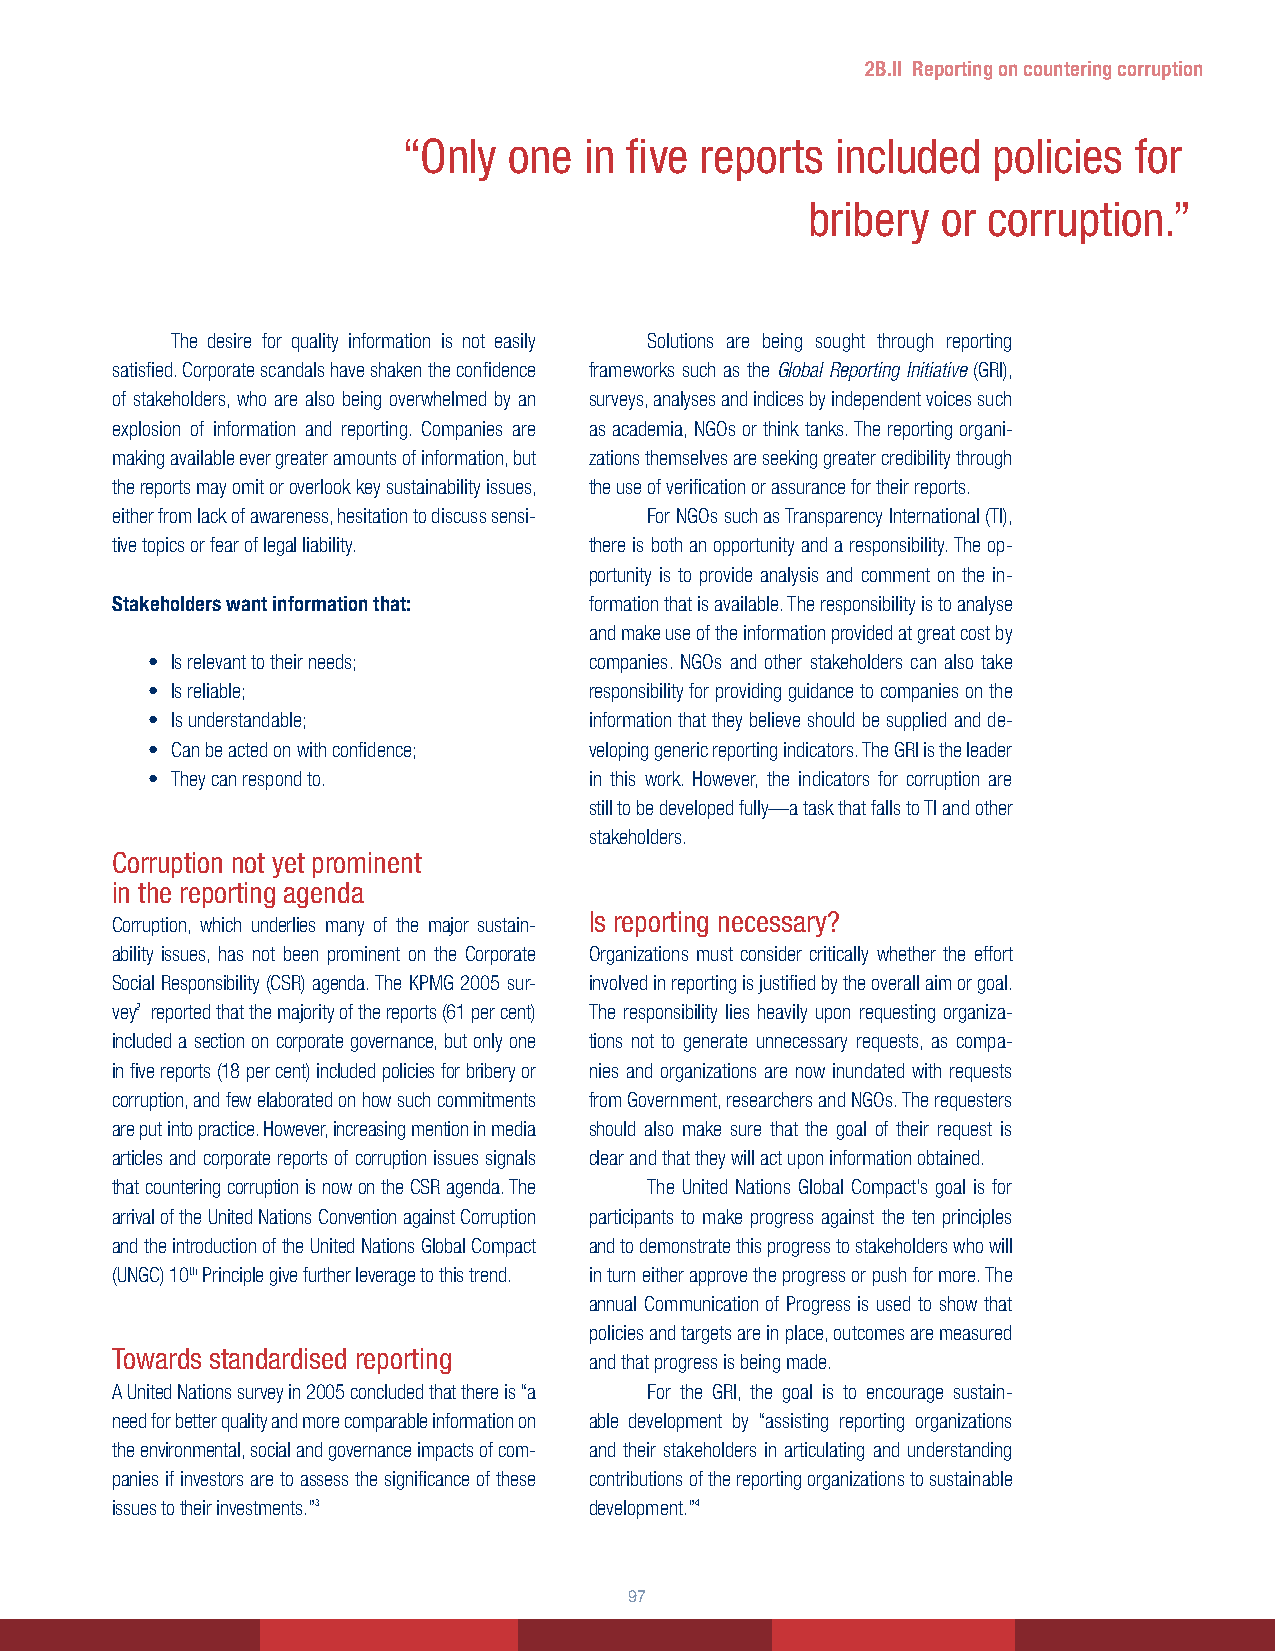
2B.II Reporting on countering corruption
 “Only  one  in five reports included   policies for
 bribery  or corruption.”
 The desire for quality information is not easily Solutions are being sought through reporting
 satisfied. Corporate scandals have shaken the confidence frameworks such as the Global Reporting Initiative (GRI),
 of stakeholders, who are also being overwhelmed by an surveys, analyses and indices by independent voices such
 explosion of information and reporting. Companies are as academia, NGOs or think tanks. The reporting organi-
 making available ever greater amounts of information, but zations themselves are seeking greater credibility through
 the reports may omit or overlook key sustainability issues, the use of verification or assurance for their reports.
 either from lack of awareness, hesitation to discuss sensi- For NGOs such as Transparency International (TI),
 tive topics or fear of legal liability. there is both an opportunity and a responsibility. The op-
 portunity is to provide analysis and comment on the in-
 Stakeholders want information that: formation that is available. The responsibility is to analyse
 and make use of the information provided at great cost by
 • Is relevant to their needs; companies. NGOs and other stakeholders can also take
 • Is reliable;               responsibility for providing guidance to companies on the
 • Is understandable;         information that they believe should be supplied and de-
 • Can be acted on with confidence; veloping generic reporting indicators. The GRI is the leader
 • They can respond to.       in this work. However, the indicators for corruption are
 still to be developed fully—a task that falls to TI and other
 stakeholders.
 Corruption not yet prominent
 in the reporting agenda
 Is reporting necessary?
 Corruption, which underlies many of the major sustain-
 ability issues, has not been prominent on the Corporate Organizations must consider critically whether the effort
 Social Responsibility (CSR) agenda. The KPMG 2005 sur- involved in reporting is justified by the overall aim or goal.
 vey2 reported that the majority of the reports (61 per cent) The responsibility lies heavily upon requesting organiza-
 included a section on corporate governance, but only one tions not to generate unnecessary requests, as compa-
 in five reports (18 per cent) included policies for bribery or nies and organizations are now inundated with requests
 corruption, and few elaborated on how such commitments from Government, researchers and NGOs. The requesters
 are put into practice. However, increasing mention in media should also make sure that the goal of their request is
 articles and corporate reports of corruption issues signals clear and that they will act upon information obtained.
 that countering corruption is now on the CSR agenda. The The United Nations Global Compact’s goal is for
 arrival of the United Nations Convention against Corruption participants to make progress against the ten principles
 and the introduction of the United Nations Global Compact and to demonstrate this progress to stakeholders who will
 (UNGC) 10th Principle give further leverage to this trend. in turn either approve the progress or push for more. The
 annual Communication of Progress is used to show that
 policies and targets are in place, outcomes are measured
 Towards standardised reporting
 and that progress is being made.
 A United Nations survey in 2005 concluded that there is “a For the GRI, the goal is to encourage sustain-
 need for better quality and more comparable information on able development by “assisting reporting organizations
 the environmental, social and governance impacts of com- and their stakeholders in articulating and understanding
 panies if investors are to assess the significance of these contributions of the reporting organizations to sustainable
 issues to their investments.”3  development.”4
 